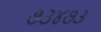
૭૩૪૭૩